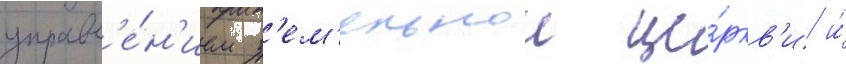
управл'е́н'ием з'ем'ельнои це́ркв'и и́